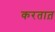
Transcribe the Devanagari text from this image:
करतात़